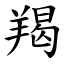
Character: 羯